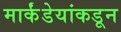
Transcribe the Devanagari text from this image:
मार्कंडेयांकडून